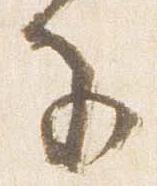
子